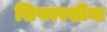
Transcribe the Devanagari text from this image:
शिफारशींना